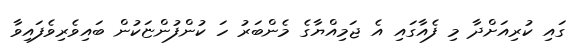
ގައި ކުރިއަށްދާ މި ފެއާގައި އެ ޖަމިއްޔާގެ މެންބަރު ހަ ކުންފުންޏަކުން ބައިވެރިވެފައިވާ